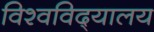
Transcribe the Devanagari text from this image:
विश्‍वविद्‍यालय